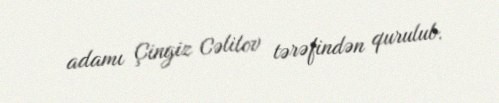
adamı Çingiz Cəlilov tərəfindən qurulub.